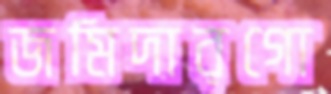
জমিদারগো